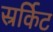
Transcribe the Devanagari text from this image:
स्रर्किट